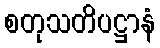
စတုသတိပဋ္ဌာနံ